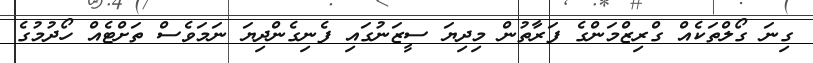
ގިނަ ގޯލްތަކެއް ގްރިޒްމަންގެ ފަރާތުން މިދިޔަ ސީޒަނުގައި ފެނިގެންދިޔަ ނަމަވެސް ތަށްޓެއް ހޯދުމުގެ